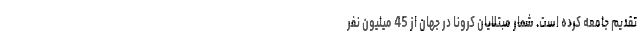
تقدیم جامعه کرده است. شمار مبتلایان کرونا در جهان از 45 میلیون نفر